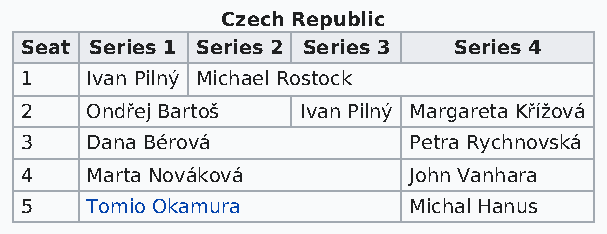
Czech Republic
 Seat Series 1 Series 2 Series 3 Series 4
 1    Ivan Pilný Michael Rostock
 2    Ondřej Bartoš Ivan Pilný Margareta Křížová
 3    Dana Bérová          Petra Rychnovská
 4    Marta Nováková       John Vanhara
 5    Tomio Okamura        Michal Hanus